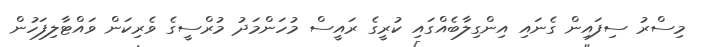
މިސްރު ސިފައިން ގެނައި އިންގިލާބެއްގައި ކުރީގެ ރައީސް މުހަންމަދު މުރްސީގެ ވެރިކަން ވައްޓާލިފަހުން